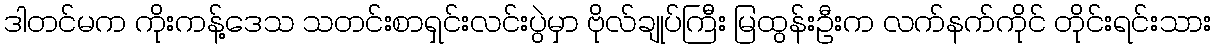
ဒါတင်မက ကိုးကန့်ဒေသ သတင်းစာရှင်းလင်းပွဲမှာ ဗိုလ်ချုပ်ကြီး မြထွန်းဦးက လက်နက်ကိုင် တိုင်းရင်းသား